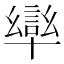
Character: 𭅩